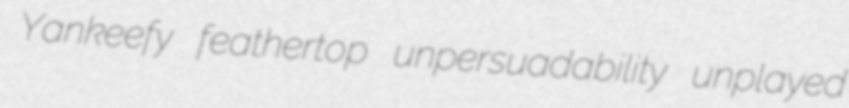
Yankeefy feathertop unpersuadability unplayed